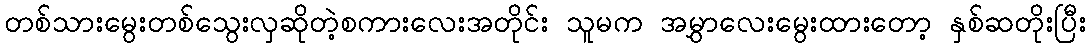
တစ်သားမွေးတစ်သွေးလှဆိုတဲ့စကားလေးအတိုင်း သူမက အမွှာလေးမွေးထားတော့ နှစ်ဆတိုးပြီး